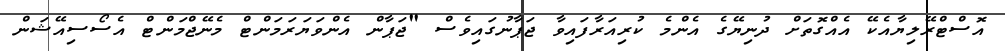
އޮސްޓްރޭލިޔާއެކޭ އެއްގޮތަށް ދުނިޔޭގެ އެންމެ ކުރިއަރާފައިވާ ޖަޕާނުގައިވެސް "ޖަޕާން އެންވަޔަރަމަންޓް މެނޭޖްމަންޓް އެސޯސިއޭޝަން